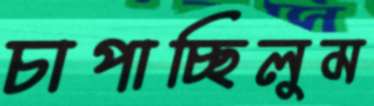
চাপাচ্ছিলুম